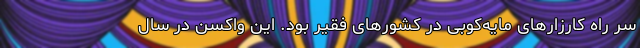
سرِ راهِ کارزار‌های مایه‌کوبی در کشور‌های فقیر بود. این واکسن در سال